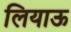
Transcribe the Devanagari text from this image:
लियाऊ